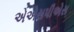
એએસપીએસ